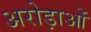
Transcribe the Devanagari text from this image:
अरोड़ाओं